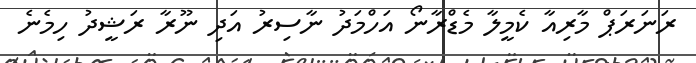
ރަނަރަޕް މާރިއާ ކެމީލާ މެޑްރާނޯ އަހްމަދު ނާސިރު އަދި ނޫރާ ރަޝީދު ހިމެނެ